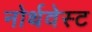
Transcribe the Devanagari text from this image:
नोर्थवेस्ट